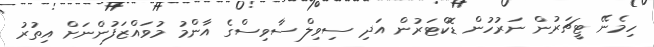
ހިމެނޭ ޓީޗަރުން ނަރުހުން ޑޮކްޓަރުން އަދި ސިވިލް ސާވިސްގެ އާންމު މުވައްޒަފުންނަށް އިތުރު